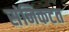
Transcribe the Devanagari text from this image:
संनिकटत